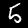
Digit: 5